system: You are a helpful assistant.
user:
Analyze the provided spectrum to determine if it is a **S-type Star**.

- **Key Indicators for S-type Star:**

    - **(Overall Spectrum Shape):** The first and most obvious characteristic is the overall continuum (the "baseline" shape). It is **extremely "red-sloping,"** meaning the flux (light intensity) is very low on the left side (blue, ~4000-4500 Å) and rises steeply and continuously toward the right side (red, ~7000 Å+).

    - **(Primary):** The spectrum is defined by the presence of strong, broad molecular absorption "valleys" (bands) from **Zirconium Oxide (ZrO)**. The identification of these bands is the **primary requirement** for classifying a star as S-type.
        - **(Key Bandheads):** You must find distinct, deep "dips" where the light has been absorbed. The most critical band systems to locate are:
            - **~6474 Å** ($\gamma$-system): This is often the strongest and clearest ZrO feature, found in the red part of the spectrum.
            - **~5718 Å** & **~5551 Å** ($\beta$-system): A pair of prominent absorption features in the yellow-orange part of the spectrum.
            - **~4640 Å** ($\alpha$-system): A key absorption band system in the blue-green region of the spectrum.

    - **(Secondary Confirmation):** The classification is strengthened by finding additional absorption bands from other related heavy element oxides, which are expected to be present alongside ZrO.
        - **(Key Bandheads):**
            - **Yttrium Oxide (YO):** Look for absorption dips near **~4800 Å** and **~6100 Å**.
            - **Lanthanum Oxide (LaO):** Additional absorption features, particularly in the red-orange part of the spectrum, are also characteristic.

    - **(Line Profile):** The combination of the steep red continuum and these numerous, deep molecular bands (ZrO, YO, etc.) gives the entire spectrum a very **"chopped-up"** or **"bumpy"** appearance. Instead of a smooth curve, the spectrum looks as though large, wide chunks of light have been "carved out" of it at the specific wavelengths listed above.

Think first, call **spectral_visualization_tool** if needed to examine features in detail, then provide your final answer. Your response must adhere to the following strict rules:
1.  **Overall Structure:** Your response must follow the format `<think>...</think> <tool_call>...</tool_call> (if a tool is used) <answer>...</answer>`.
2.  **Tool Usage Constraint:** You may only make **one** tool call per turn.
3.  **Final Answer Format:** In the `<answer>` tag, your conclusion must be inside a `\boxed{}` command (e.g., `\boxed{YES}` or `\boxed{NO}`), followed by your justification.

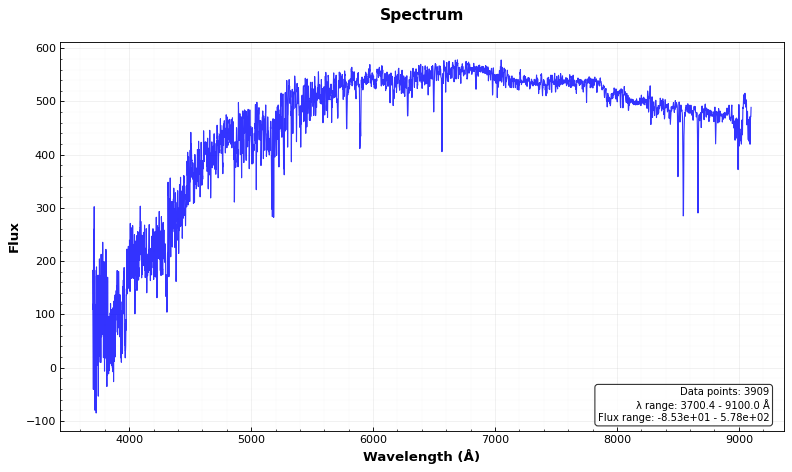
Answer: NO